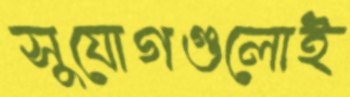
সুযোগগুলোই